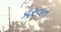
કરવત